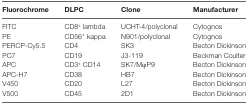
<table><thead><tr><td><b>Fluorochrome</b></td><td><b>DLPC</b></td><td><b>Clone</b></td><td><b>Manufacturer</b></td></tr></thead><tbody><tr><td>FITC</td><td>CD8<sup>+</sup> lambda</td><td>UCHT-4/polyclonal</td><td>Cytognos</td></tr><tr><td>PE</td><td>CD56<sup>+</sup> kappa</td><td>N901/polyclonal</td><td>Cytognos</td></tr><tr><td>PERCP-Cy5.5</td><td>CD4</td><td>SK3</td><td>Becton Dickinson</td></tr><tr><td>PC7</td><td>CD19</td><td>J3-119</td><td>Beckman Coulter</td></tr><tr><td>APC</td><td>CD3<sup>+</sup> CD14</td><td>SK7/MφP9</td><td>Becton Dickinson</td></tr><tr><td>APC-H7</td><td>CD38</td><td>HB7</td><td>Becton Dickinson</td></tr><tr><td>V450</td><td>CD20</td><td>L27</td><td>Becton Dickinson</td></tr><tr><td>V500</td><td>CD45</td><td>2D1</td><td>Becton Dickinson</td></tr></tbody></table>